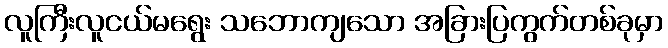
လူကြီးလူငယ်မရွေး သဘောကျသော အခြားပြကွက်တစ်ခုမှာ